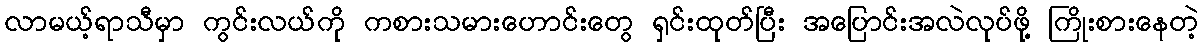
လာမယ့်ရာသီမှာ ကွင်းလယ်ကို ကစားသမားဟောင်းတွေ ရှင်းထုတ်ပြီး အပြောင်းအလဲလုပ်ဖို့ ကြိုးစားနေတဲ့